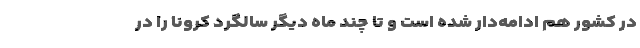
در کشور هم ادامه‌دار شده است و تا چند ماه دیگر سالگرد کرونا را در